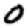
Digit: 0